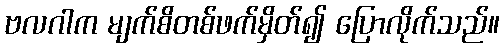
ဗလဂါက မျက်စိတစ်ဖက်မှိတ်၍ ပြောလိုက်သည်။